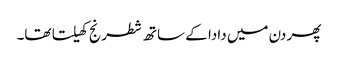
پھر دن میں دادا کے ساتھ شطرنج کھیلتا تھا۔